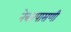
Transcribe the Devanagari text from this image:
नेत्रतपासणी